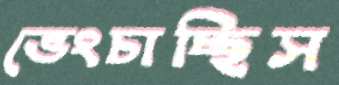
ভেংচাচ্ছিস